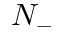
N _ { - }